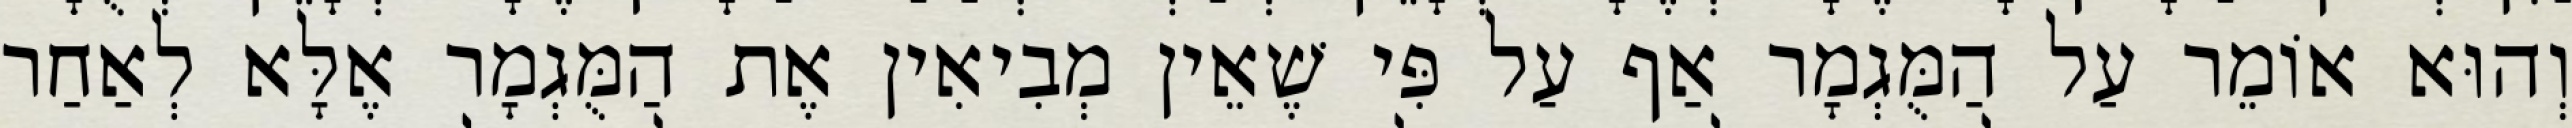
וְהוּא אוֹמֵר עַל הַמֻּגְמָר אַף עַל פִּי שֶׁאֵין מְבִיאִין אֶת הַמֻּגְמָר אֶלָּא לְאַחַר